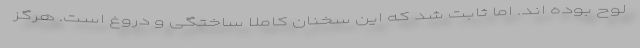
لوح بوده اند. اما ثابت شد که این سخنان کاملا ساختگی و دروغ است. هرگز